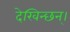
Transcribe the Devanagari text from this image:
देखिन्छन्।